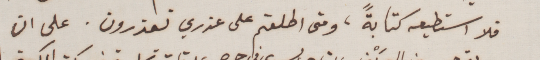
فلا استطيعه كتابةً، ومتى اطلعتم على عذري تعذرون. على ان